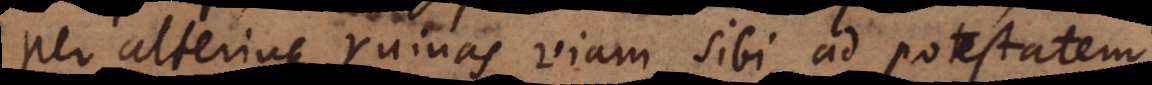
per alterius ruinas sibi viam ad potestatem